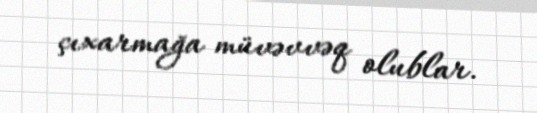
çıxarmağa müvəvvəq olublar.